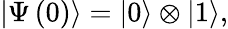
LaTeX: \left|\Psi\left(0\right)\right\rangle=\left|0\right\rangle\otimes\left|1\right\rangle,